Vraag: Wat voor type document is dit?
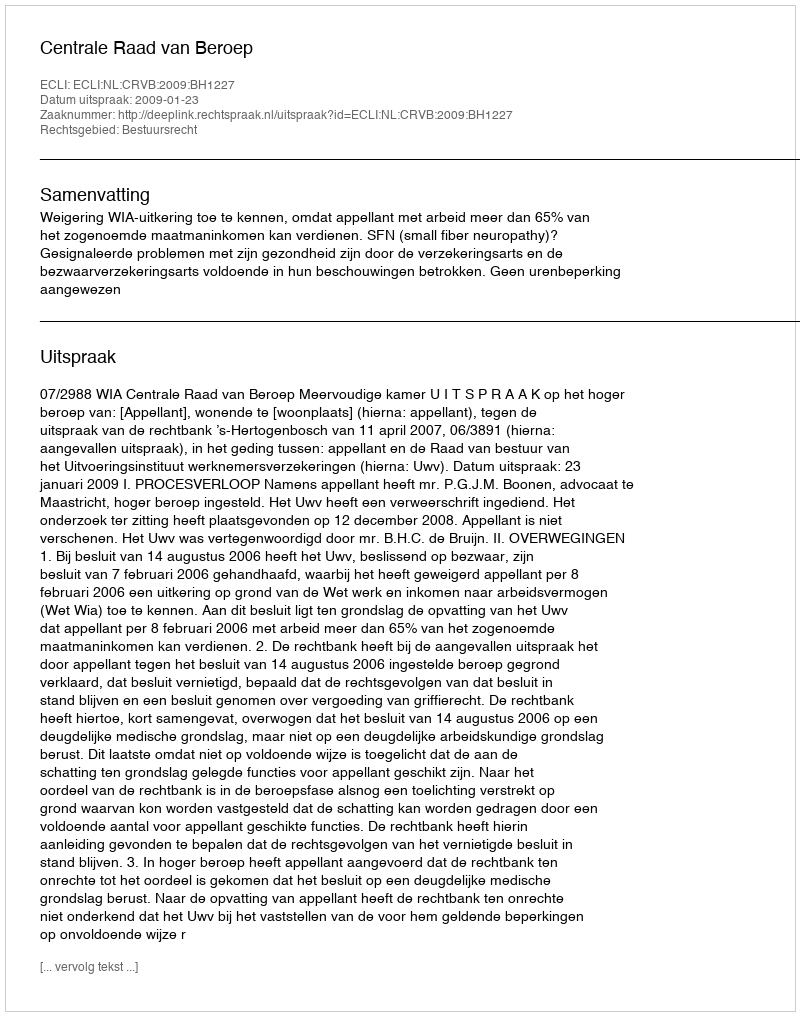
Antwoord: Uitspraak